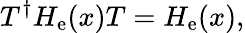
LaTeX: T^{\dagger}H_{\mathrm{e}}(x)T=H_{\mathrm{e}}(x),